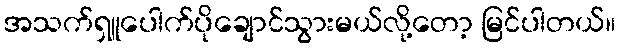
အသက်ရှူပေါက်ပိုချောင်သွားမယ်လို့တော့ မြင်ပါတယ်။